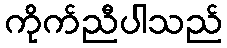
ကိုက်ညီပါသည်